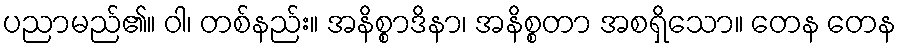
ပညာမည်၏။ ဝါ၊ တစ်နည်း။ အနိစ္စာဒိနာ၊ အနိစ္စတာ အစရှိသော။ တေန တေန